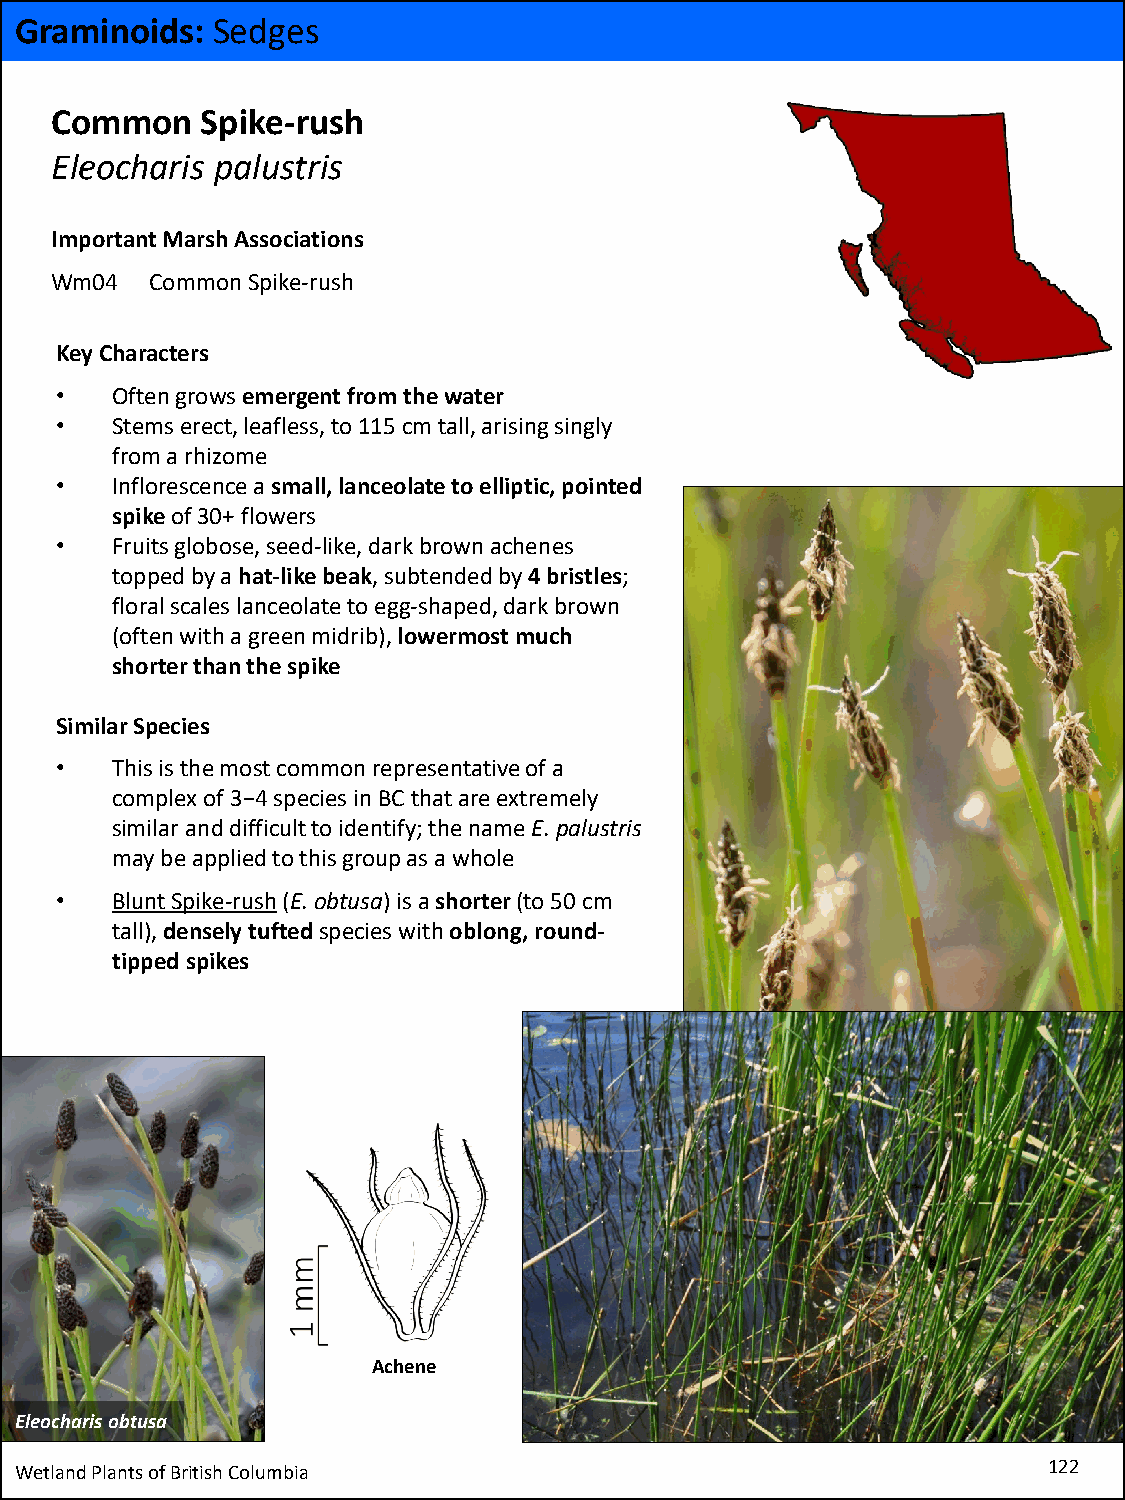
Graminoids:  Sedges
 Common    Spike-rush
 Eleocharis palustris
 Important Marsh Associations
 Wm04   Common Spike-rush
 Key Characters
 •  Often grows emergent from the water
 •  Stems erect, leafless, to 115 cm tall, arising singly
 from a rhizome
 •  Inflorescence a small, lanceolate to elliptic, pointed
 spike of 30+ flowers
 •  Fruits globose, seed-like, dark brown achenes
 topped by a hat-like beak, subtended by 4 bristles;
 floral scales lanceolate to egg-shaped, dark brown
 (often with a green midrib), lowermost much
 shorter than the spike
 Similar Species
 •  This is the most common representative of a
 complex of 3−4 species in BC that are extremely
 similar and difficult to identify; the name E. palustris
 may be applied to this group as a whole
 •  Blunt Spike-rush(E. obtusa)is a shorter(to 50 cm
 tall), densely tufted species with oblong, round-
 tipped spikes
 Achene
 Eleocharisobtusa
 Wetland Plants of British Columbia                                  122